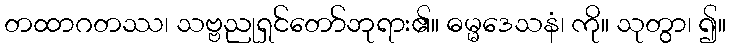
တထာဂတဿ၊ သဗ္ဗညုရှင်တော်ဘုရား၏။ ဓမ္မဒေသနံ၊ ကို။ သုတွာ၊ ၍။